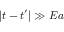
\left| t - t ^ { \prime } \right| \gg E a